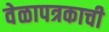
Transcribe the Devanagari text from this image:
वेळापत्रकाची